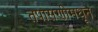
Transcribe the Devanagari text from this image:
तपासणीमधून